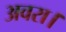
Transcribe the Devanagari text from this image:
अवरा।